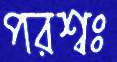
পরশ্বঃ